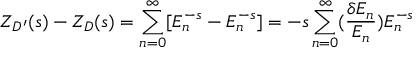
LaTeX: Z _ { D ^ { \prime } } ( s ) - Z _ { D } ( s ) = \sum _ { n = 0 } ^ { \infty } [ E _ { n } ^ { - s } - E _ { n } ^ { - s } ] = - s \sum _ { n = 0 } ^ { \infty } ( { \frac { \delta E _ { n } } { E _ { n } } } ) E _ { n } ^ { - s }